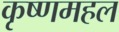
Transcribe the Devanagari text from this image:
कृष्णमहल